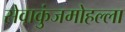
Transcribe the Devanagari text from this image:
सेवाकुंजमोहल्ला